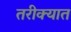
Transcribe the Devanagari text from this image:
तरीक्यात